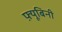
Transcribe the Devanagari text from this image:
फ़्यूबिनी